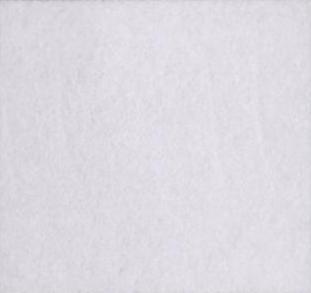
०